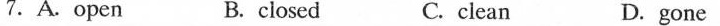
7.A.Open B. closed C.clean D.gone